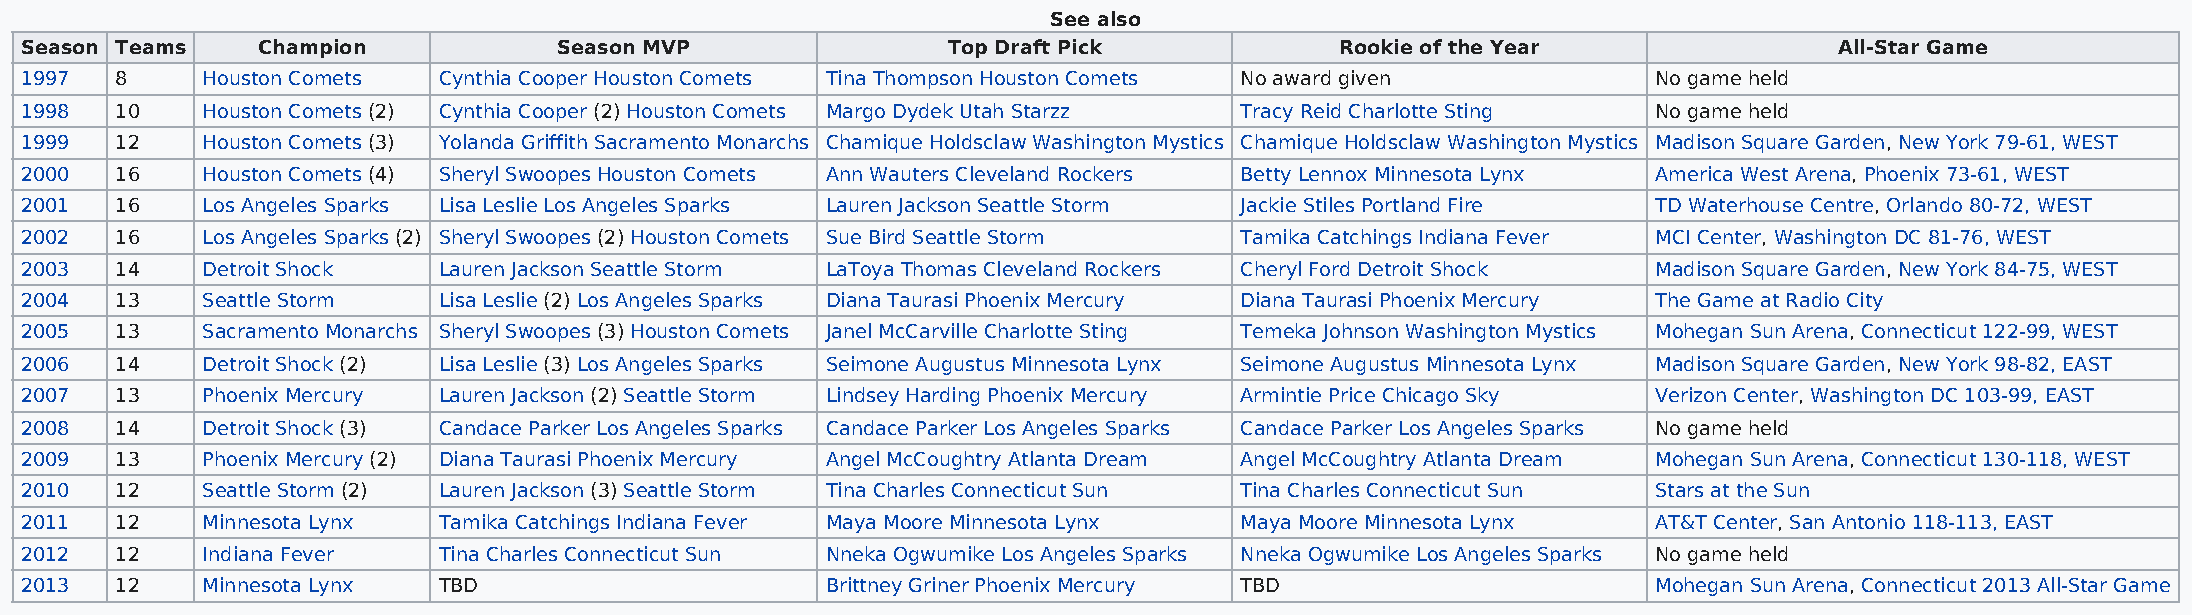
See also
 Season Teams    Champion            Season MVP                Top Draft Pick            Rookie of the Year               All-Star Game
 1997   8    Houston Comets  Cynthia Cooper Houston Comets Tina Thompson Houston Comets No award given        No game held
 1998   10   Houston Comets (2) Cynthia Cooper (2) Houston Comets Margo Dydek Utah Starzz Tracy Reid Charlotte Sting No game held
 1999   12   Houston Comets (3) Yolanda Griffith Sacramento Monarchs Chamique Holdsclaw Washington Mystics Chamique Holdsclaw Washington Mystics Madison Square Garden, New York 79-61, WEST
 2000   16   Houston Comets (4) Sheryl Swoopes Houston Comets Ann Wauters Cleveland Rockers Betty Lennox Minnesota Lynx America West Arena, Phoenix 73-61, WEST
 2001   16   Los Angeles Sparks Lisa Leslie Los Angeles Sparks Lauren Jackson Seattle Storm Jackie Stiles Portland Fire TD Waterhouse Centre, Orlando 80-72, WEST
 2002   16   Los Angeles Sparks (2) Sheryl Swoopes (2) Houston Comets Sue Bird Seattle Storm Tamika Catchings Indiana Fever MCI Center, Washington DC 81-76, WEST
 2003   14   Detroit Shock   Lauren Jackson Seattle Storm LaToya Thomas Cleveland Rockers Cheryl Ford Detroit Shock Madison Square Garden, New York 84-75, WEST
 2004   13   Seattle Storm   Lisa Leslie (2) Los Angeles Sparks Diana Taurasi Phoenix Mercury Diana Taurasi Phoenix Mercury The Game at Radio City
 2005   13   Sacramento Monarchs Sheryl Swoopes (3) Houston Comets Janel McCarville Charlotte Sting Temeka Johnson Washington Mystics Mohegan Sun Arena, Connecticut 122-99, WEST
 2006   14   Detroit Shock (2) Lisa Leslie (3) Los Angeles Sparks Seimone Augustus Minnesota Lynx Seimone Augustus Minnesota Lynx Madison Square Garden, New York 98-82, EAST
 2007   13   Phoenix Mercury Lauren Jackson (2) Seattle Storm Lindsey Harding Phoenix Mercury Armintie Price Chicago Sky Verizon Center, Washington DC 103-99, EAST
 2008   14   Detroit Shock (3) Candace Parker Los Angeles Sparks Candace Parker Los Angeles Sparks Candace Parker Los Angeles Sparks No game held
 2009   13   Phoenix Mercury (2) Diana Taurasi Phoenix Mercury Angel McCoughtry Atlanta Dream Angel McCoughtry Atlanta Dream Mohegan Sun Arena, Connecticut 130-118, WEST
 2010   12   Seattle Storm (2) Lauren Jackson (3) Seattle Storm Tina Charles Connecticut Sun Tina Charles Connecticut Sun Stars at the Sun
 2011   12   Minnesota Lynx  Tamika Catchings Indiana Fever Maya Moore Minnesota Lynx Maya Moore Minnesota Lynx AT&T Center, San Antonio 118-113, EAST
 2012   12   Indiana Fever   Tina Charles Connecticut Sun Nneka Ogwumike Los Angeles Sparks Nneka Ogwumike Los Angeles Sparks No game held
 2013   12   Minnesota Lynx  TBD                       Brittney Griner Phoenix Mercury TBD                    Mohegan Sun Arena, Connecticut 2013 All-Star Game